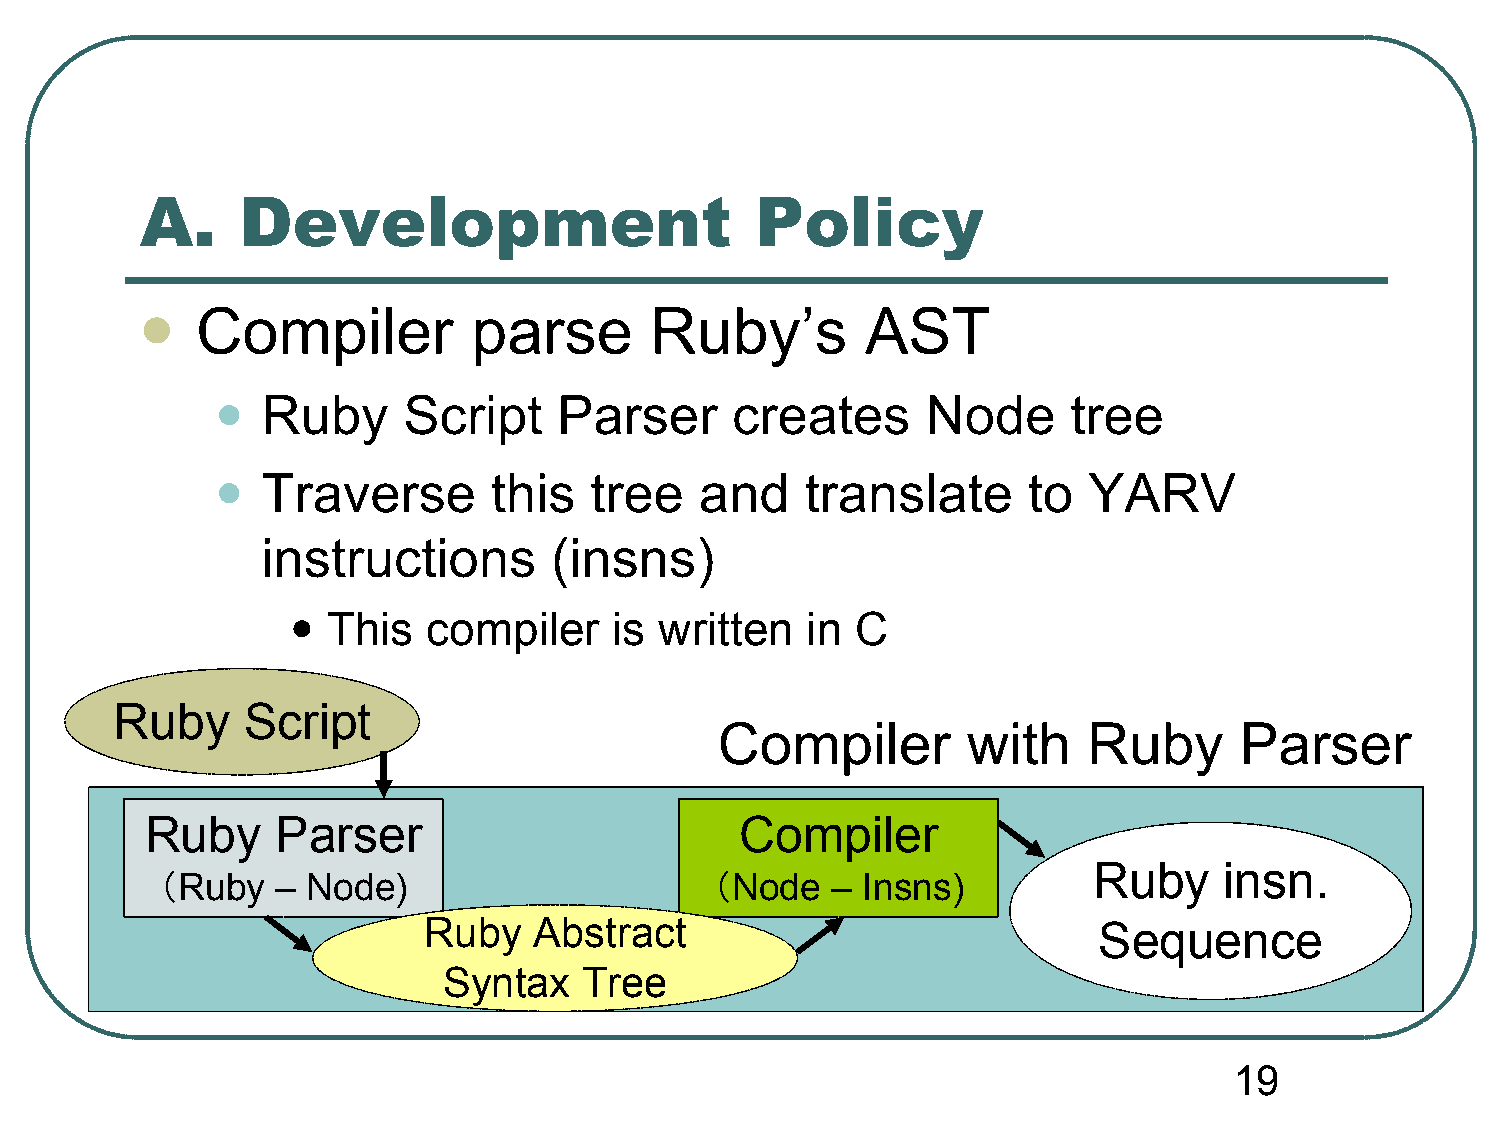
A.     Development                       Policy
 Compiler          parse       Ruby’s        AST
 
 •
 Ruby      Script    Parser     creates      Node      tree
 •
 Traverse        this  tree   and    translate      to  YARV
 instructions       (insns)
 •
 This  compiler     is written  in  C
 Ruby     Script
 Compiler        with    Ruby      Parser
 Ruby    Parser                         Compiler
 Ruby     insn.
 （Ruby  – Node)                      （Node   – Insns)
 Ruby   Abstract                              Sequence
 Syntax    Tree
 19